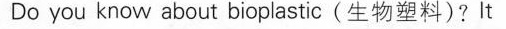
Do you know about bioplastic(生物塑料)?It